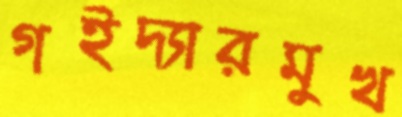
গইদ্যারমুখ